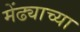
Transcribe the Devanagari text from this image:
मेंढ्याच्या